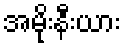
အမိုးနီးယား